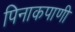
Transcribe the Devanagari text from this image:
पिनाकपाणी